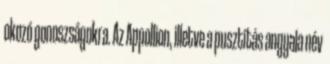
okozó gonoszságokra. Az Appollion, illetve a pusztítás angyala név